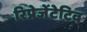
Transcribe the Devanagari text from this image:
रिप्रेजेंटेटिव